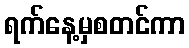
ရက်နေ့မှစတင်ကာ